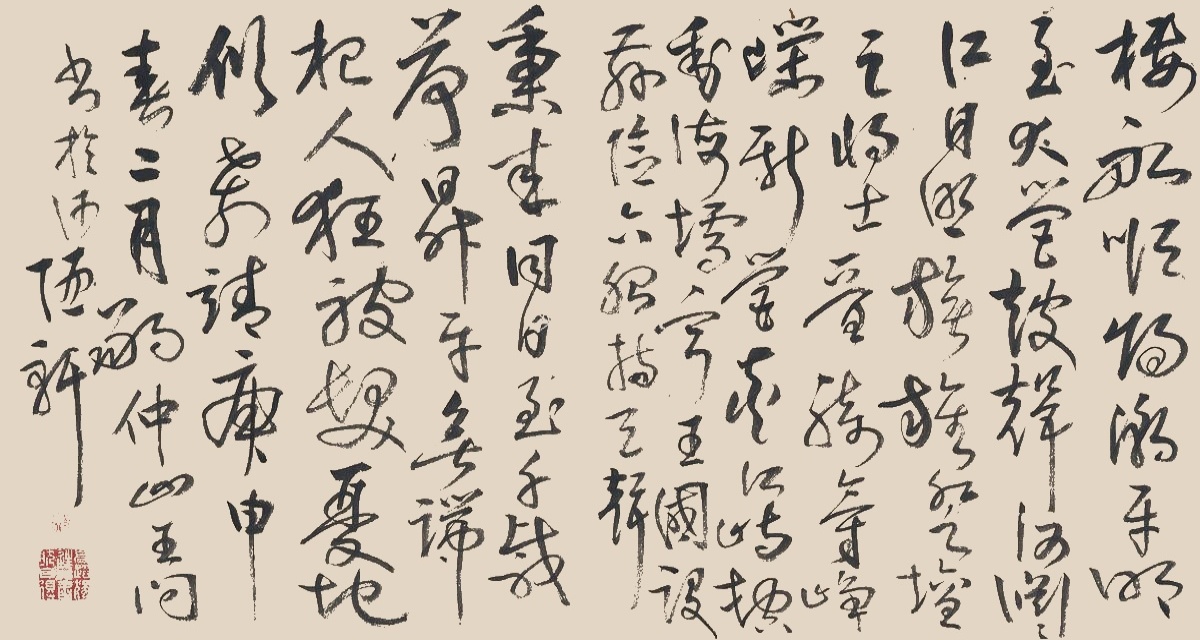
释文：楼船顺归潮，平明至大营。鼓声何渊渊，红日照旗旌。登坛足将士，晋骑气峥嵘。新营夹江峙，□动海壖宁。王国设兹险，六□持天声。秉来同日至，千载荷升平。无端杞人狂，被发忧地倾□靖。庚申春二月朔，仲山王问书于何陋轩。